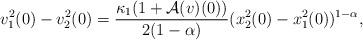
LaTeX: \begin{align*}v_1^2(0)-v_2^2(0)=\frac{\kappa_1(1+\mathcal{A}(v)(0))}{2(1-\alpha)}(x_2^2(0)-x_1^2(0))^{1-\alpha},\end{align*}